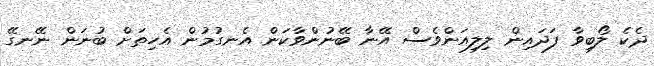
ދެކެ ލޯބިވާ ފަދައިން ލިލިއަންވެސް އޭނާ ބޭނުންވާކަން އެނގުމުން އެހިތަށް ބުނަން ނޭނގޭ